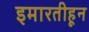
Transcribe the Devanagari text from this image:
इमारतीहून